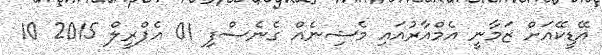
އޭޑީކޭއަށް ޒަމާނީ އެމްއާރުއައި މެޝިނެއް ގެނެސްފި 01 އެޕްރީލް 2015 10